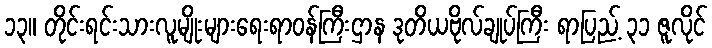
၁၃။ တိုင်းရင်းသားလူမျိုးများရေးရာဝန်ကြီးဌာန ဒုတိယဗိုလ်ချုပ်ကြီး ရာပြည့် ၃၁ ဇူလိုင်